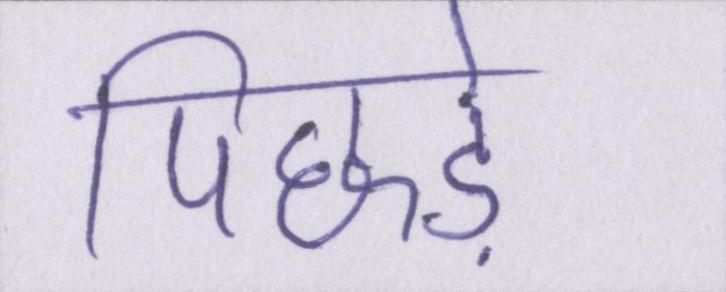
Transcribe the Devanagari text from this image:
पिछड़े